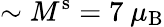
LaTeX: \sim M^{\mathrm{s}}=7~\mu_{\mathrm{B}}